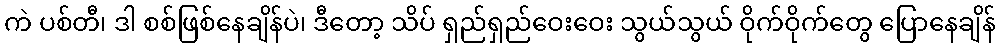
ကဲ ပစ်တီ၊ ဒါ စစ်ဖြစ်နေချိန်ပဲ၊ ဒီတော့ သိပ် ရှည်ရှည်ဝေးဝေး သွယ်သွယ် ဝိုက်ဝိုက်တွေ ပြောနေချိန်